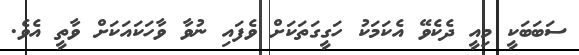
ސަބަބަކީ މިއީ ދެކެވޭ އެކަމަކު ހަގީގަތަކަށް ވެފައި ނުވާ ވާހަކައަކަށް ވާތީ އެވެ.